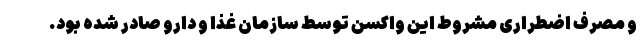
و مصرف اضطراری مشروط این واکسن توسط سازمان غذا و دارو صادر شده بود.